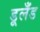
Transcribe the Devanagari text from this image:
डूलँड